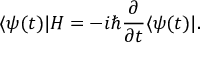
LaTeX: \langle \psi ( t ) | H = - i \hbar { \frac { \partial } { \partial t } } \langle \psi ( t ) | .